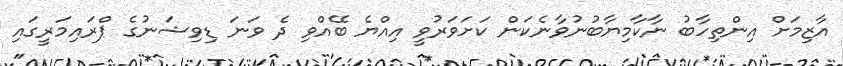
އާޒިމަށް އިންތިހާބު ނާކާމިޔާބުނުވާނެކަން ކަށަވަރުވީ އިއްޔެ ބޭއްވި ދެ ވަނަ ޑިވިޝަނުގެ ޕްރައިމަރީގައި